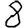
Digit: 8